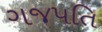
ગજપતિ